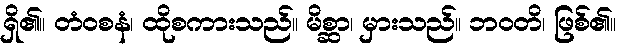
ရှိ၏။ တံဝစနံ၊ ထိုစကားသည်။ မိစ္ဆာ၊ မှားသည်။ ဘဝတိ၊ ဖြစ်၏။